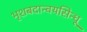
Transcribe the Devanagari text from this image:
भृशबदान्वयसिन्धू